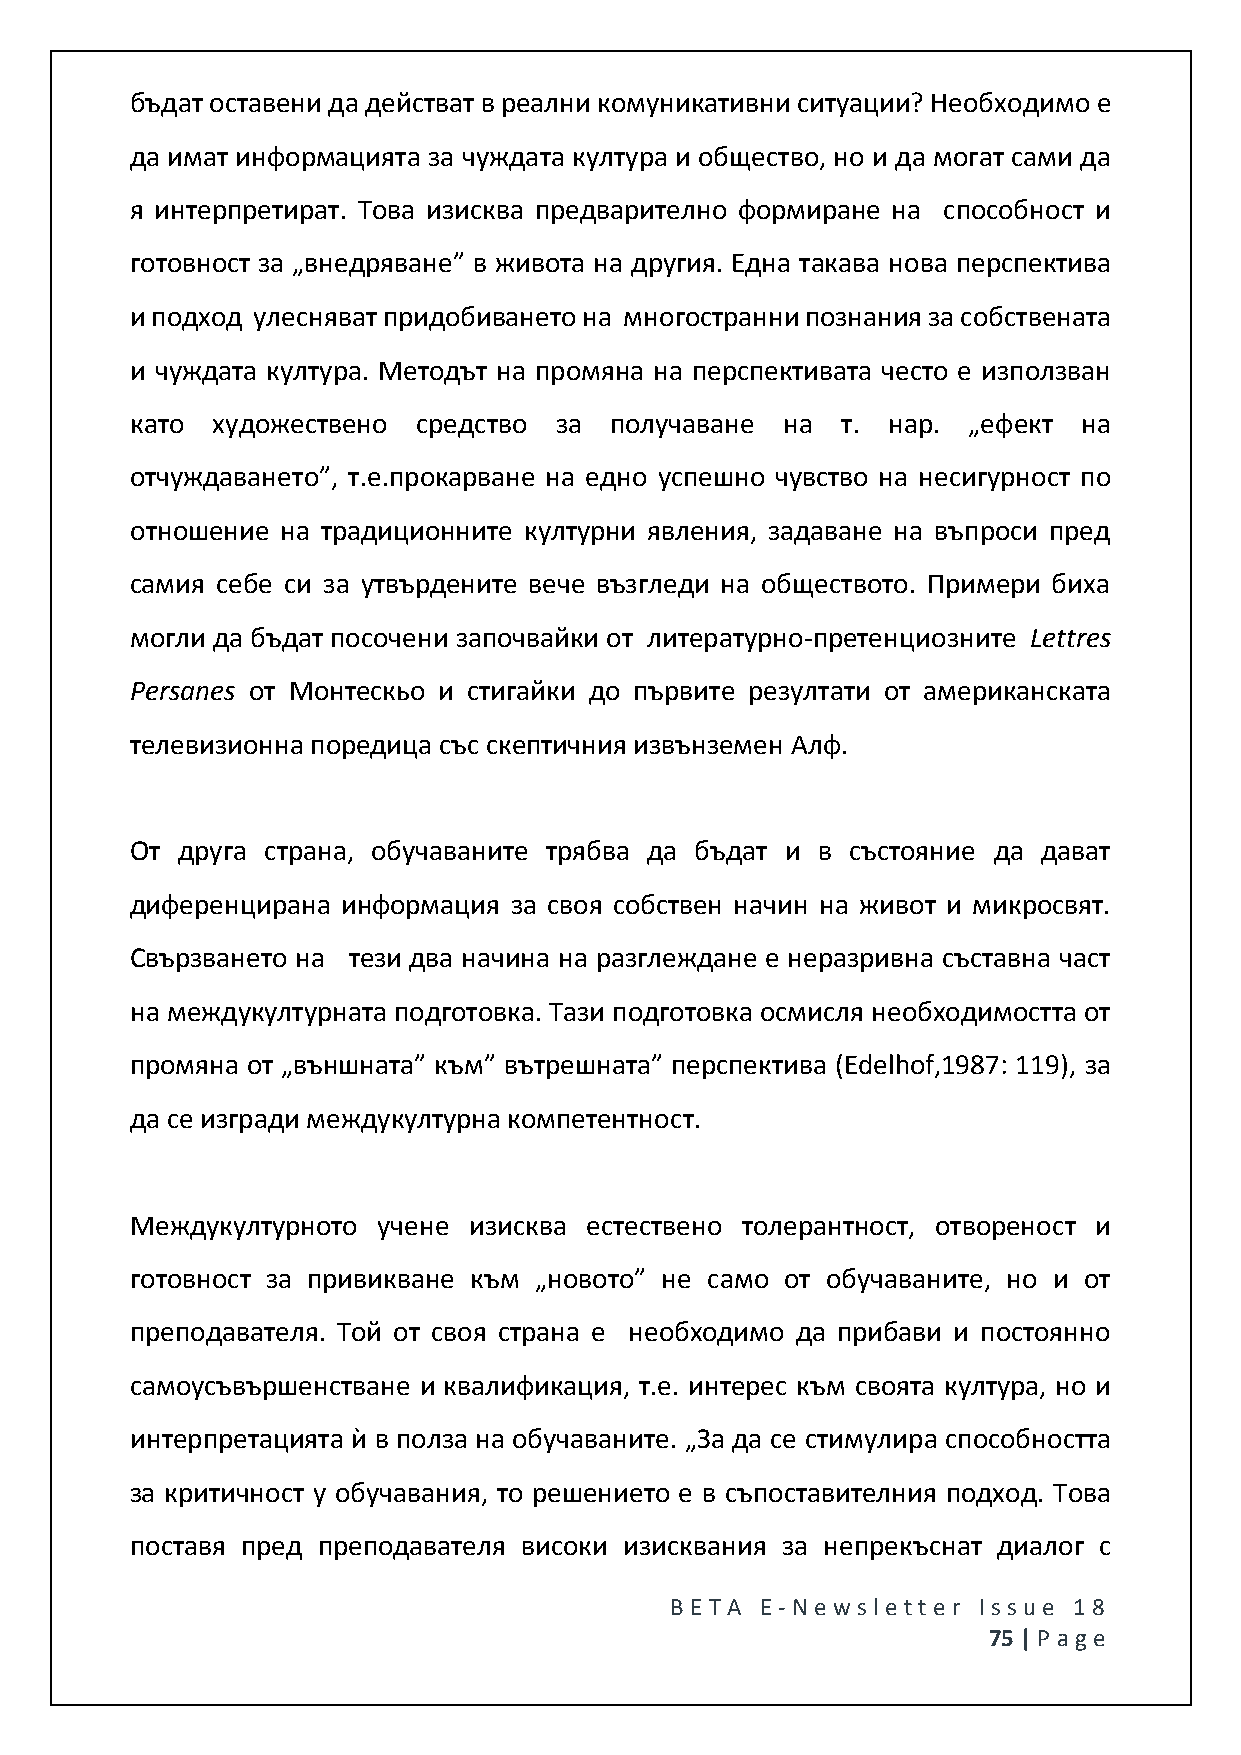
бъдат оставени да действат в реални комуникативни ситуации? Необходимо е
 да имат информацията за чуждата култура и общество, но и да могат сами да
 я интерпретират. Това изисква предварително формиране на способност и
 готовност за „внедряване” в живота на другия. Една такава нова перспектива
 и подход улесняват придобиването на многостранни познания за собствената
 и чуждата култура. Методът на промяна на перспективата често е използван
 като художествено  средство за получаване  на  т. нар. „ефект  на
 отчуждаването”, т.е.прокарване на едно успешно чувство на несигурност по
 отношение на традиционните културни явления, задаване на въпроси пред
 самия себе си за утвърдените вече възгледи на обществото. Примери биха
 могли да бъдат посочени започвайки от литературно-претенциозните Lettres
 Persanes от Монтескьо и стигайки до първите резултати от американската
 телевизионна поредица със скептичния извънземен Алф.
 От друга страна, обучаваните трябва да бъдат и в състояние да дават
 диференцирана информация за своя собствен начин на живот и микросвят.
 Свързването на тези два начина на разглеждане е неразривна съставна част
 на междукултурната подготовка. Тази подготовка осмисля необходимостта от
 промяна от „външната” към” вътрешната” перспектива (Edelhof,1987: 119), за
 да се изгради междукултурна компетентност.
 Междукултурното учене изисква естествено толерантност, отвореност и
 готовност за привикване към „новото” не само от обучаваните, но и от
 преподавателя. Той от своя страна е необходимо да прибави и постоянно
 самоусъвършенстване и квалификация, т.е. интерес към своята култура, но и
 интерпретацията ѝ в полза на обучаваните. „За да се стимулира способността
 за критичност у обучавания, то решението е в съпоставителния подход. Това
 поставя пред преподавателя високи изисквания за непрекъснат диалог с
 BE T A E -N e wsle tt e r Issue 18
 75 | P age